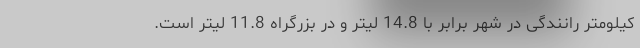
کیلومتر رانندگی در شهر برابر با 14.8 لیتر و در بزرگراه 11.8 لیتر است.